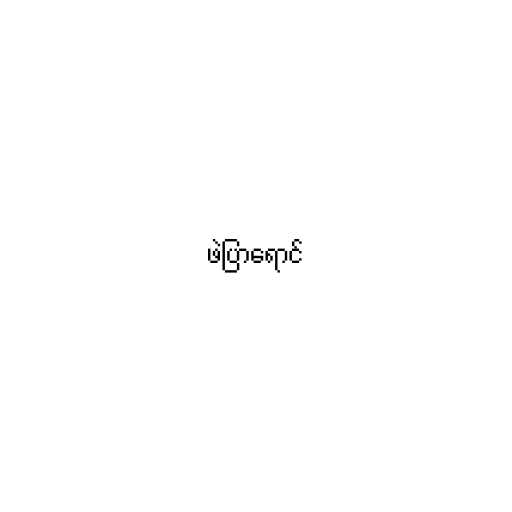
ဖဲပြာရောင်